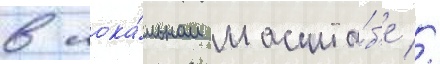
в лока́льном масшта́б'е //